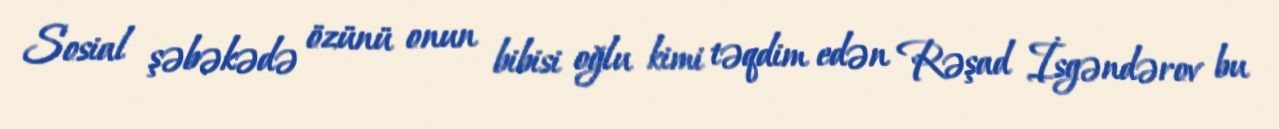
Sosial şəbəkədə özünü onun bibisi oğlu kimi təqdim edən Rəşad İsgəndərov bu